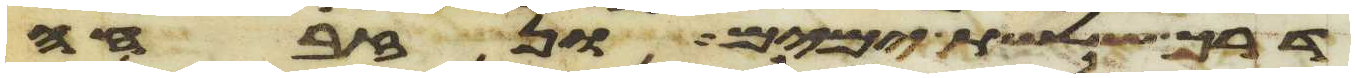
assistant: דרך שלשת ימים ונזבחה